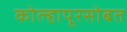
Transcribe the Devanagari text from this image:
कोल्हापूरसोबत